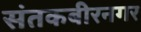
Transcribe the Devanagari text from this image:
संतकबीरनगर